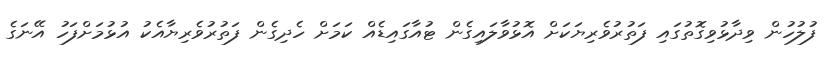
ފުލުހުން ވިދާޅުވިގޮތުގައި ފަތުރުވެރިޔަކަށް އޮޅުވާލައިގެން ޓުއާގައިޑެއް ކަމަށް ހެދިގެން ފަތުރުވެރިޔާއެކު އުޅުމަށްފަހު އޭނަގެ